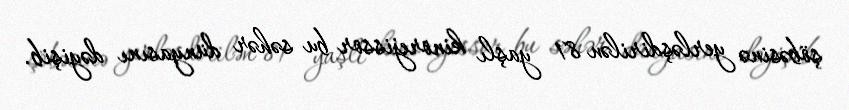
şöbəsinə yerləşdirilən 81 yaşlı kinorejissor bu səhər dünyasını dəyişib.